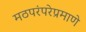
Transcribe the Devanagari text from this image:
मठपरंपरेप्रमाणे